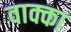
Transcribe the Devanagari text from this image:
वाक्का